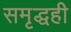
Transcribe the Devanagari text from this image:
समृद्धही